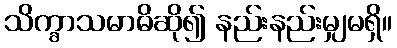
သိက္ခာသမာဓိဆို၍ နည်းနည်းမျှမရှိ။